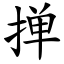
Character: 掸